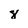
Character: 8